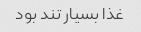
غذا بسیار تند بود